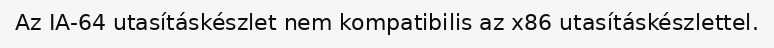
Az IA-64 utasításkészlet nem kompatibilis az x86 utasításkészlettel.